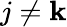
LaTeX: j\neq\mathbf{k}